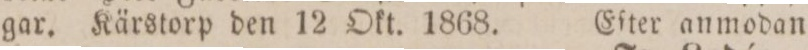
gar. Kärstorp den 12 Okt. 1868.    Eſter anmodan